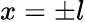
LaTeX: x=\pm l